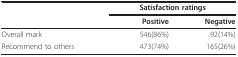
|  | <COLSPAN=2> Satisfaction ratings |
 |  | Positive | Negative |
 | --- | --- | --- |
 | Overall mark | 546(86%) | 92(14%) |
 | Recommend to others | 473(74%) | 165(26%) |